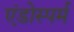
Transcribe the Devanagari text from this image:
एंडोस्पर्म